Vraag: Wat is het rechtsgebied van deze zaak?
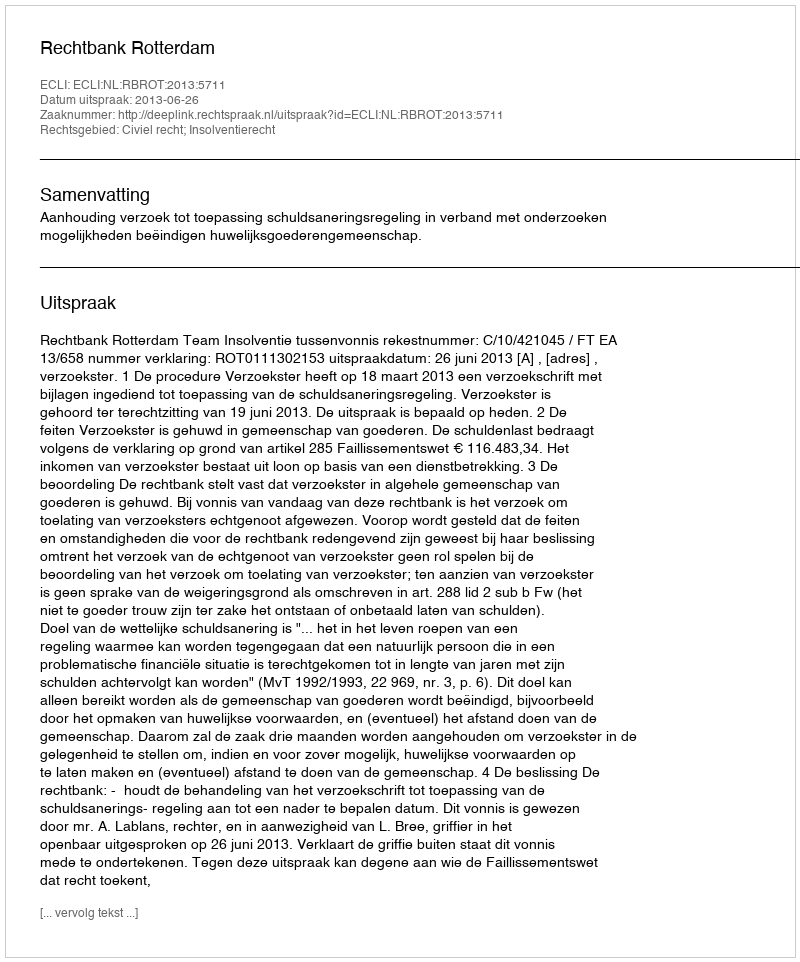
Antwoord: Civiel recht; Insolventierecht